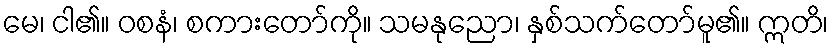
မေ၊ ငါ၏။ ဝစနံ၊ စကားတော်ကို။ သမနုညော၊ နှစ်သက်တော်မူ၏။ ဣတိ၊